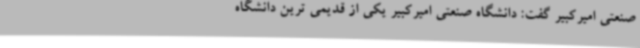
صنعتی امیرکبیر گفت: دانشگاه صنعتی امیرکبیر یکی از قدیمی ترین دانشگاه